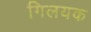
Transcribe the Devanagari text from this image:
गिलयक